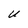
Character: U